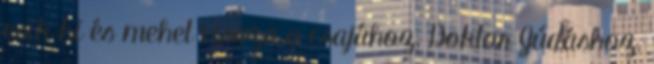
esik ki és mehet vissza a csajához, Doktor Júdáshoz,